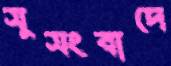
সুসংবাদে